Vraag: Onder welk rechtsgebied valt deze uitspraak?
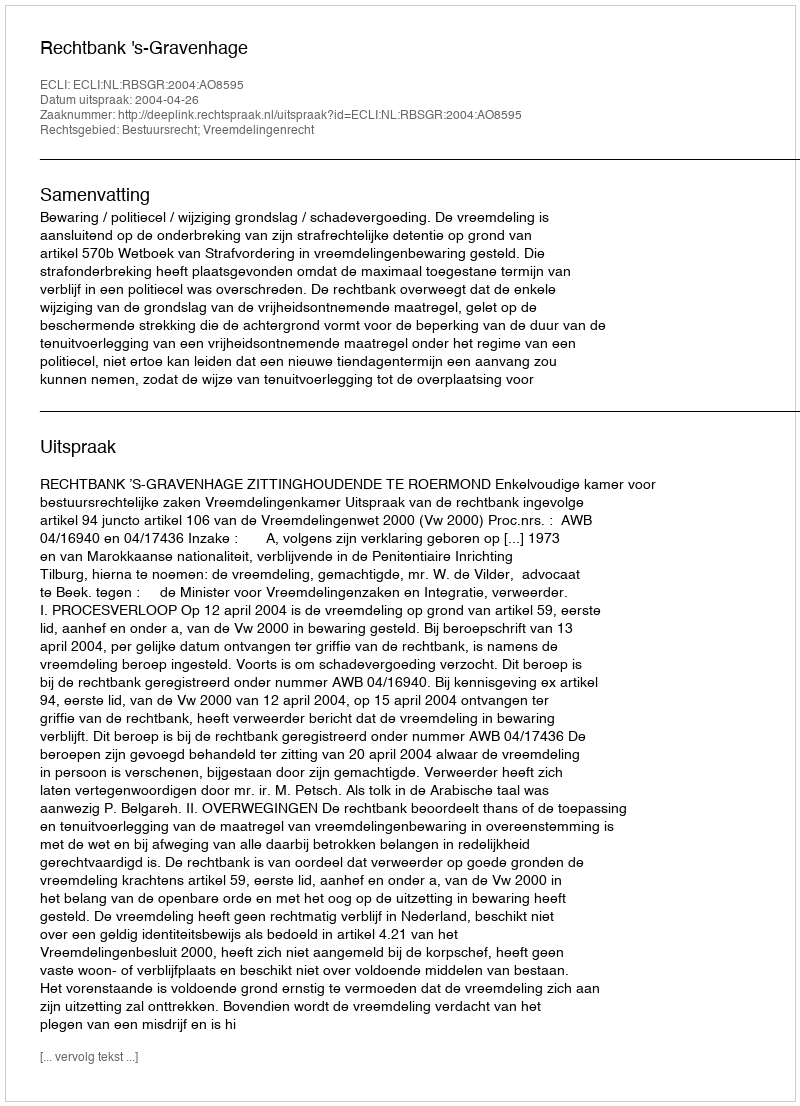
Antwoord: Bestuursrecht; Vreemdelingenrecht